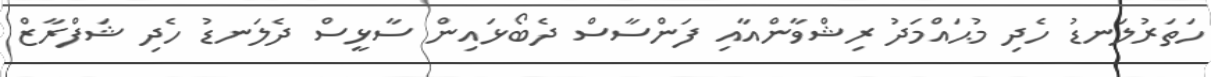
ހަތަރުލަނޑު ހެދި މުޙައްމަދު ރިޝްވާންއާއި ފަންސާސް ދެބޯޅައިން ސާޅީސް ދެލަނޑު ހެދި ޝަފްރާޒް